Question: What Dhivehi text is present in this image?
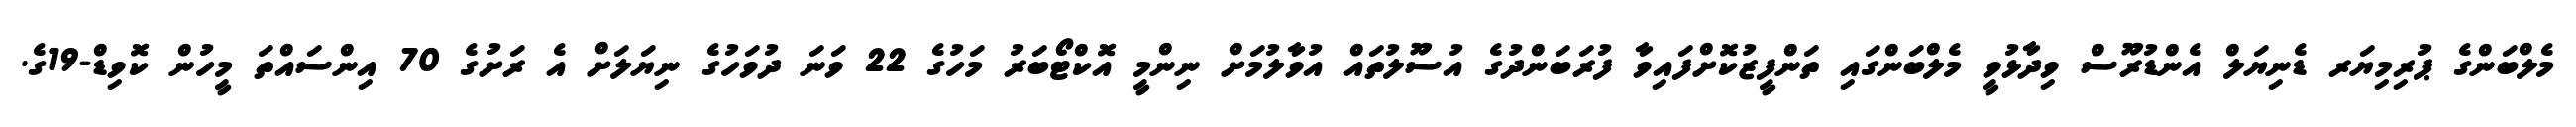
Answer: މެލްބަންގެ ޕުރިމިޔަރ ޑެނިޔަލް އެންޑުރޫސް ވިދާޅުވީ މެލްބަންގައި ތަންފީޒުކޮށްފައިވާ ފުރަބަންދުގެ އުސޫލުތައް އުވާލުމަށް ނިންމީ އޮކްޓޯބަރު މަހުގެ 22 ވަނަ ދުވަހުގެ ނިޔަލަށް އެ ރަށުގެ 70 އިންސައްތަ މީހުން ކޮވިޑް-19ގެ.